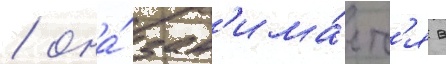
/ она́ зан'има́етс'я в